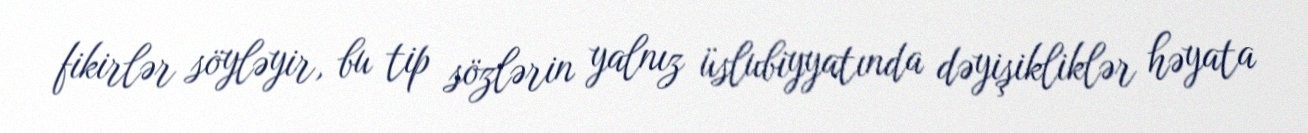
fikirlər söyləyir, bu tip sözlərin yalnız üslubiyyatında dəyişikliklər həyata